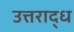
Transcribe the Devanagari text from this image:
उत्तराद्ध